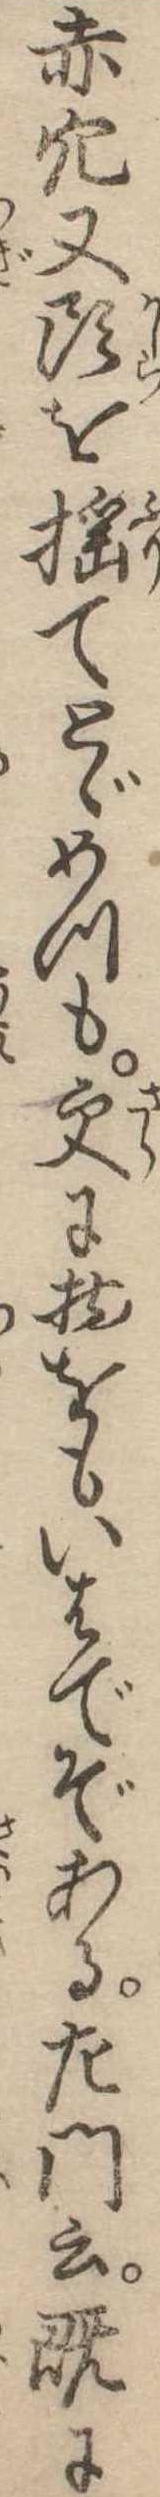
赤穴又頭を揺てとゞめつも更に物をもいはでぞある左門云既に